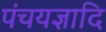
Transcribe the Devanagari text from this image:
पंचयज्ञादि